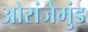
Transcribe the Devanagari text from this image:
ओरांजेमुंड